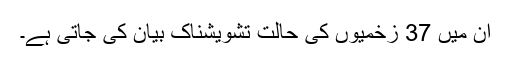
ان میں 37 زخمیوں کی حالت تشویشناک بیان کی جاتی ہے۔